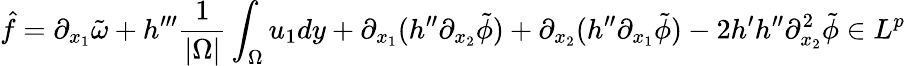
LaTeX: \hat{f}=\partial_{x_{1}}\tilde{\omega}+h^{\prime\prime\prime}\frac{1}{|\Omega|}\int_{\Omega}u_{1}dy+\partial_{x_{1}}(h^{\prime\prime}\partial_{x_{2}}\tilde{\phi})+\partial_{x_{2}}(h^{\prime\prime}\partial_{x_{1}}\tilde{\phi})-2h^{\prime}h^{\prime\prime}\partial_{x_{2}}^{2}\tilde{\phi}\in L^{p}